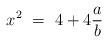
LaTeX: \begin{align*} x^2 \ = \ 4+4\frac{a}{b} \end{align*}